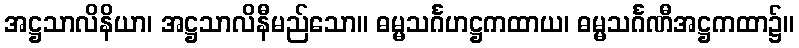
အဋ္ဌသာလိနိယာ၊ အဋ္ဌသာလိနီမည်သော။ ဓမ္မသင်္ဂဟဋ္ဌကထာယ၊ ဓမ္မသင်္ဂဏီအဋ္ဌကထာ၌။